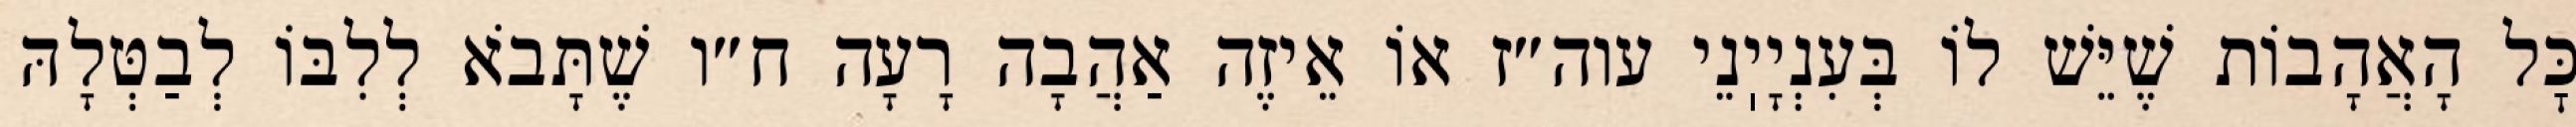
כׇּל הָאֲהָבוֹת שֶׁיֵּשׁ לוֹ בְּעִנְיָיֽנֵי עוה״ז אוֹ אֵיזֶה אַהֲבָה רָעָה ח״ו שֶׁתָּבֹא לְלִבּוֹ לְבַטְּלָהּ